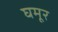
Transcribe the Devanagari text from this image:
घमूर